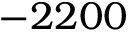
- 2 2 0 0